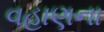
વહાણના